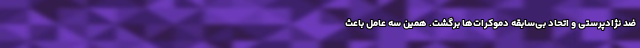
ضد نژادپرستی و اتحاد بی‌سابقه دموکرات‌ها برگشت. همین سه عامل باعث